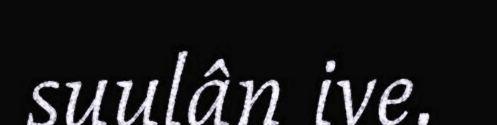
suulân ive.